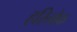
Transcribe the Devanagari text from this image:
हरिलोक